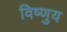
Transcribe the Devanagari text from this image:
विष्णुय